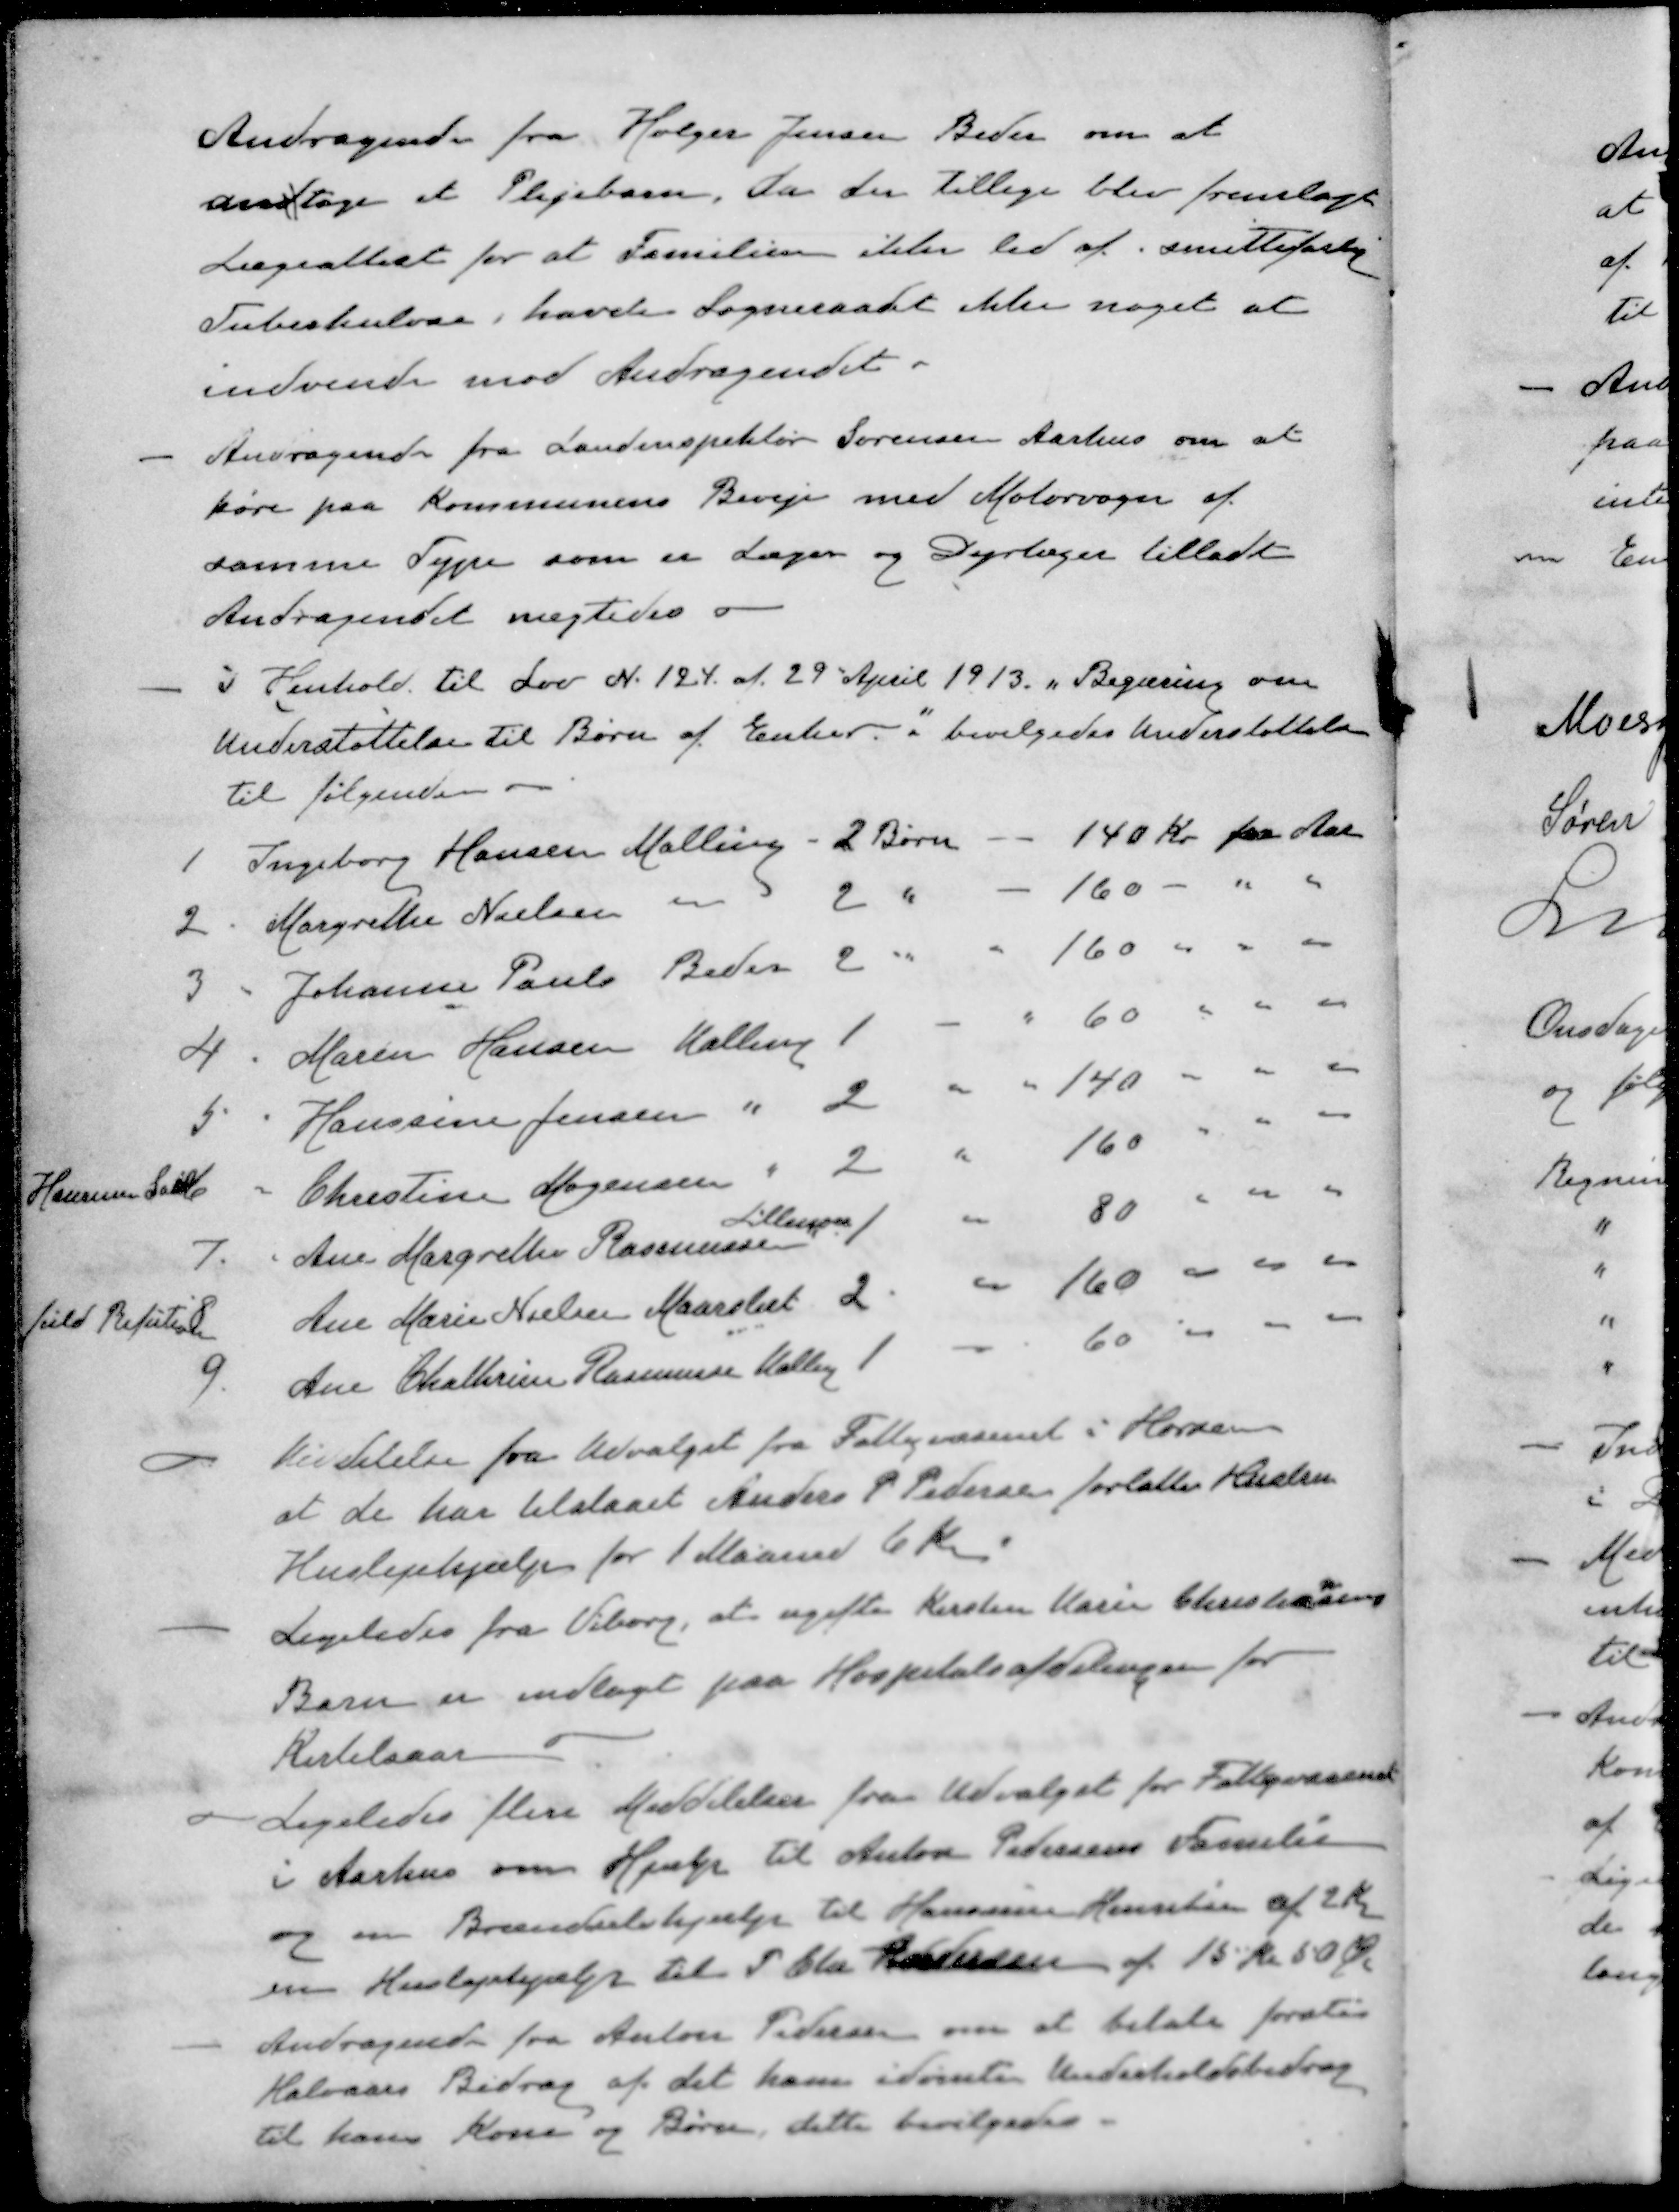
Transskription:
Andragende fra Holger Jensen Beder om at
andtage et Plejebarn, da der tillige blev fremlagt
Lægeattest for at Familien ikke led af smittefarlig
Tuberkulose, havde Sogneraadet ikke noget at
indvende mod Andragendet.
- Andragende fra Landinspektør Sørensen Aarhus om at
køre paa Kommunens Biveje med Motorvogn af 
samme Type som er Læger og Dyrlæger tilladt
Andragendet nægtedes
- i Henhold til Lov N. 124. af 29 April 1913. " Begæring om
Understøttelse til Børn af Enker " bevilgedes Understøttelse
til følgende
1 Ingeborg Hansen Malling - 2 Børn - - 140 Kr. pr. Aar
2. Margrethe Nielsen " 2 " - 160 - " "
3 Johanne Pauls Beder 2 " 160 " " "
4 Maren Hansen Malling 1 " 60 " " "
5 Hanssine Jensen " 2 " " 140 " " "
Hansens Sall Christine Mogensen " 2 " 160 " " "
Lillenor
7. Ane Margrethe Rasmussen 1 " 80 " " "
fuld Refution 8 Ane Marie Nielsen Maarslet 2 " 160 " " "
9 Ane Chathrine Rasmussen Malling 1 " 60 " " "
- Meddelelse fra Udvalget fra Fattigvæsenet i Horsens
at de har tilstaaet Anders P Pedersen forlatte Hustru
Huslejehjælp for 1 Maaned 6 Kr.
- Ligeledes fra Viborg, at ugifte Kirsten Marie Christensens
Barn er indlagt paa Hospitalsafdelingen for
Kirtelsaar
Ligeledes flere Meddelelser fra Udvalget for Fattigvæsenet
i Aarhus om Hjælp til Anton Pedersens Familie
og en Brændselshjælp til Hansine Henriksen af 2 Kr
en Huslejehjælp til P. Chr. Andersen af 15 Kr 50 Øre
- Andragende fra Anton Pedersen om at betale første
Halvaars Bidrag af det ham idømte Underholdsbidrag
til hans Kone og Børn, dette bevilgedes